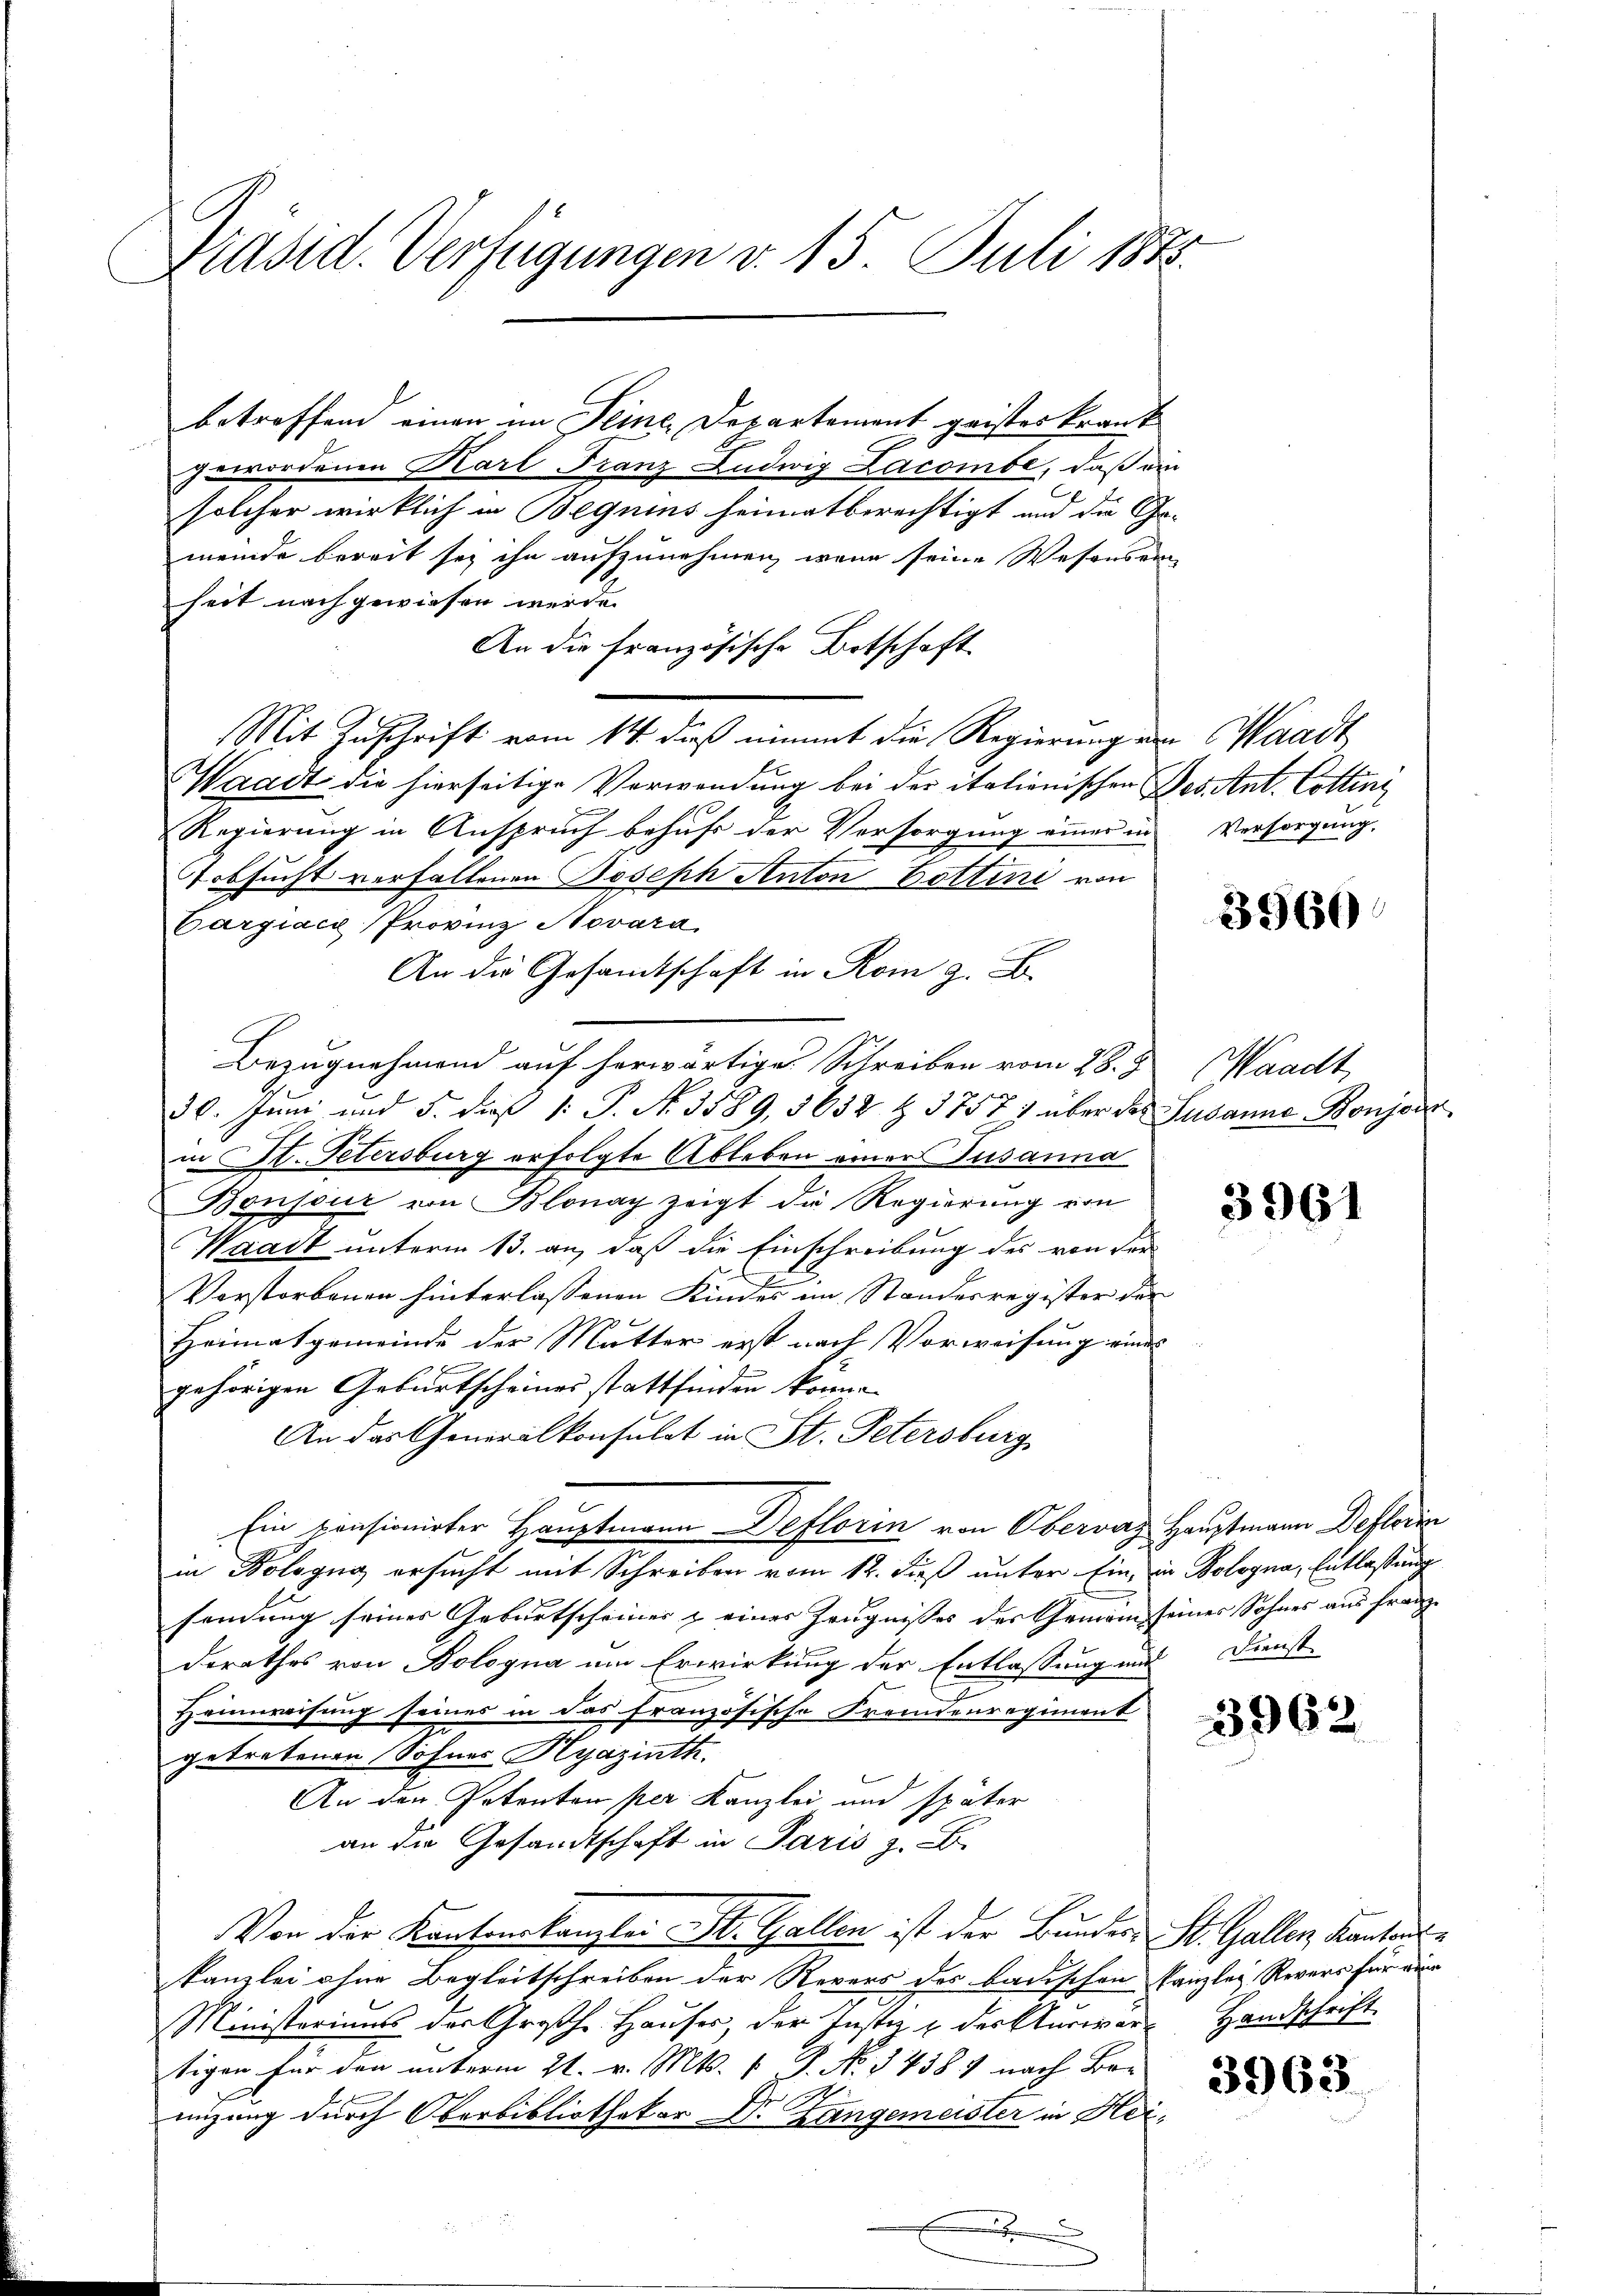
Präsid. Verfügungen v. 15. Juli 1848.

betroffend einen im Seine Departement geister krankgewordenen Karl Franz Ludwig Lacombe, daß ein
solcher wirklich in Beguins heimatberechtigt und die Gemeinde bereit sei ihn aufzunehmen, wenn seine Wesensein
heit nach gewiesen werde.
An die Französische Botschaft
Mit Zuschrift vom 14. daß nimmt die Regierung ein Waadt
Waadt die hierseitige Verwendung bei der italionischen Des Ant. Cotting
Regierung in Anspruch behufs der Versorgung einer in Versorgung
Fobsucht verfallenen Joseph Anton Zottini von
Cargiace Provinz Novara,
An die Gesamtschaft in Rom g.
Bezugnehmend auf herwärtige Schreiben vom 28. J
30. Juni und 5. dieß 1: P. Nr. 3589, 5652 & 37571 über des Susanna Bonjoin
in St. Petersburg erfolgte Ableben einer Susanna
Bonssur von Blonay zeigt die Regierung von
Waadt unterm 13. an, daß die Einschreibung des von der
Verstorbenen hinterlassenen Kindes im Standesregister der
Heimatgemeinde der Mutter erst nach Vorweisung eines
gehörigen Geburtscheines stattfinden könne.
An das Generalkonsulat in St. Petersburg
Ein pensionirter Hauptmann Deflorin von Obervaz Hauptmann Defleris
in Bologug ersucht mit Schreiben vom 12. Fuß unter Ein in Bologna, Entlaßung
sendung seines Geburtscheiner & eines Zeugnisses des Gemein seiner Sohnes aus franze
derathes von Bologna um Erwirkung der Entlassung und Dienst
7
Heimweisung seines in das französische Fremdenregiment
getretenen Sohner Hyazinth.
An den Petenten per Kanzlei und später
an die Gesandtschaft in Paris z. B.
Von der Kantonskanzlei St. Gallen ist der Bundes, St. Gallen Kantons u
kanzlei ohne Begleitschreiben der Revers des badischen Kanzlei Revers für eine
Ministeriums des Großhe Hauses, der Justiz & der Auswärt Handschrift.
tigen für den unterm 21. v. Mts. v. J. No. 34387 nach Bemizung durch Oberbibliothekar Dr. Langemeister in Heie
A

3960

aadt,

3961

3962.

3963.